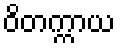
ဝိတက္ကာယ